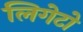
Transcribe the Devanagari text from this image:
लिगेटो